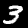
Digit: 3